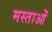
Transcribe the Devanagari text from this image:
मस्ताओं